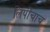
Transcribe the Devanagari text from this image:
लिपीचाच